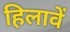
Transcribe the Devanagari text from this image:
हिलावें